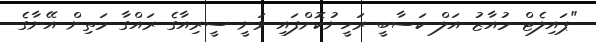
"ޕައިލެޓް މުއާޒު އަލް ކަސާބީ ރަހީނުކޮށްފައި ވަނީ ސީރިއާގެ ރައްގާ މަތިން އޭނާގެ